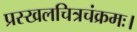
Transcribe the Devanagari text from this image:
प्रस्खलचित्रचंक्रमः।